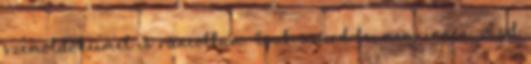
szemöldökeimet is ráncoltam. Csak. szúrd le, menj innen, vágd